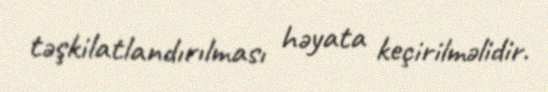
təşkilatlandırılması həyata keçirilməlidir.